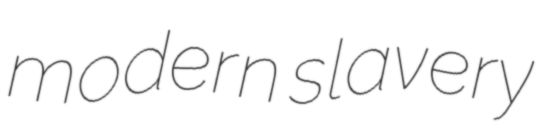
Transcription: modern slavery